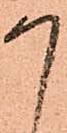
か